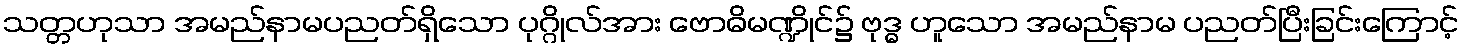
သတ္တဟုသာ အမည်နာမပညတ်ရှိသော ပုဂ္ဂိုလ်အား ဗောဓိမဏ္ဍိုင်၌ ဗုဒ္ဓ ဟူသော အမည်နာမ ပညတ်ပြီးခြင်းကြောင့်